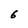
Character: 6